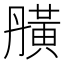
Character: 䵊